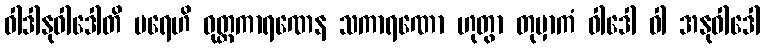
ဝါဒါနုဝါဒေါတိ ပရေဟိ ဝုတ္တကာရဏေန သကာရဏော ဟုတွာ တုမှာကံ ဝါဒေါ ဝါ အနုဝါဒေါ